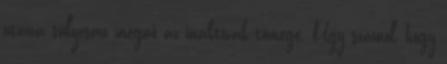
utána súlyosan megnő az inaktívak tömege. Úgy számol, hogy